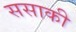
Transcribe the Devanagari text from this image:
ससाकी